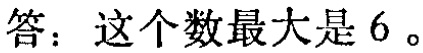
答：这个数最大是 6 。